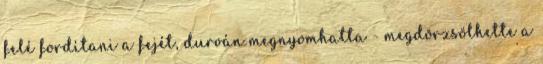
felé fordítani a fejét, durván megnyomhatta - megdörzsölhette a